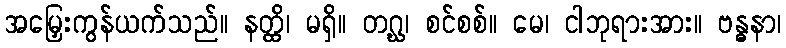
အမြှေးကွန်ယက်သည်။ နတ္ထိ၊ မရှိ။ တဂ္ဃ၊ စင်စစ်။ မေ၊ ငါဘုရားအား။ ဗန္ဓနာ၊